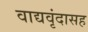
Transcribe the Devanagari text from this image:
वाद्यवृंदासह